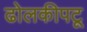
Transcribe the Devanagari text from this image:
ढोलकीपटू